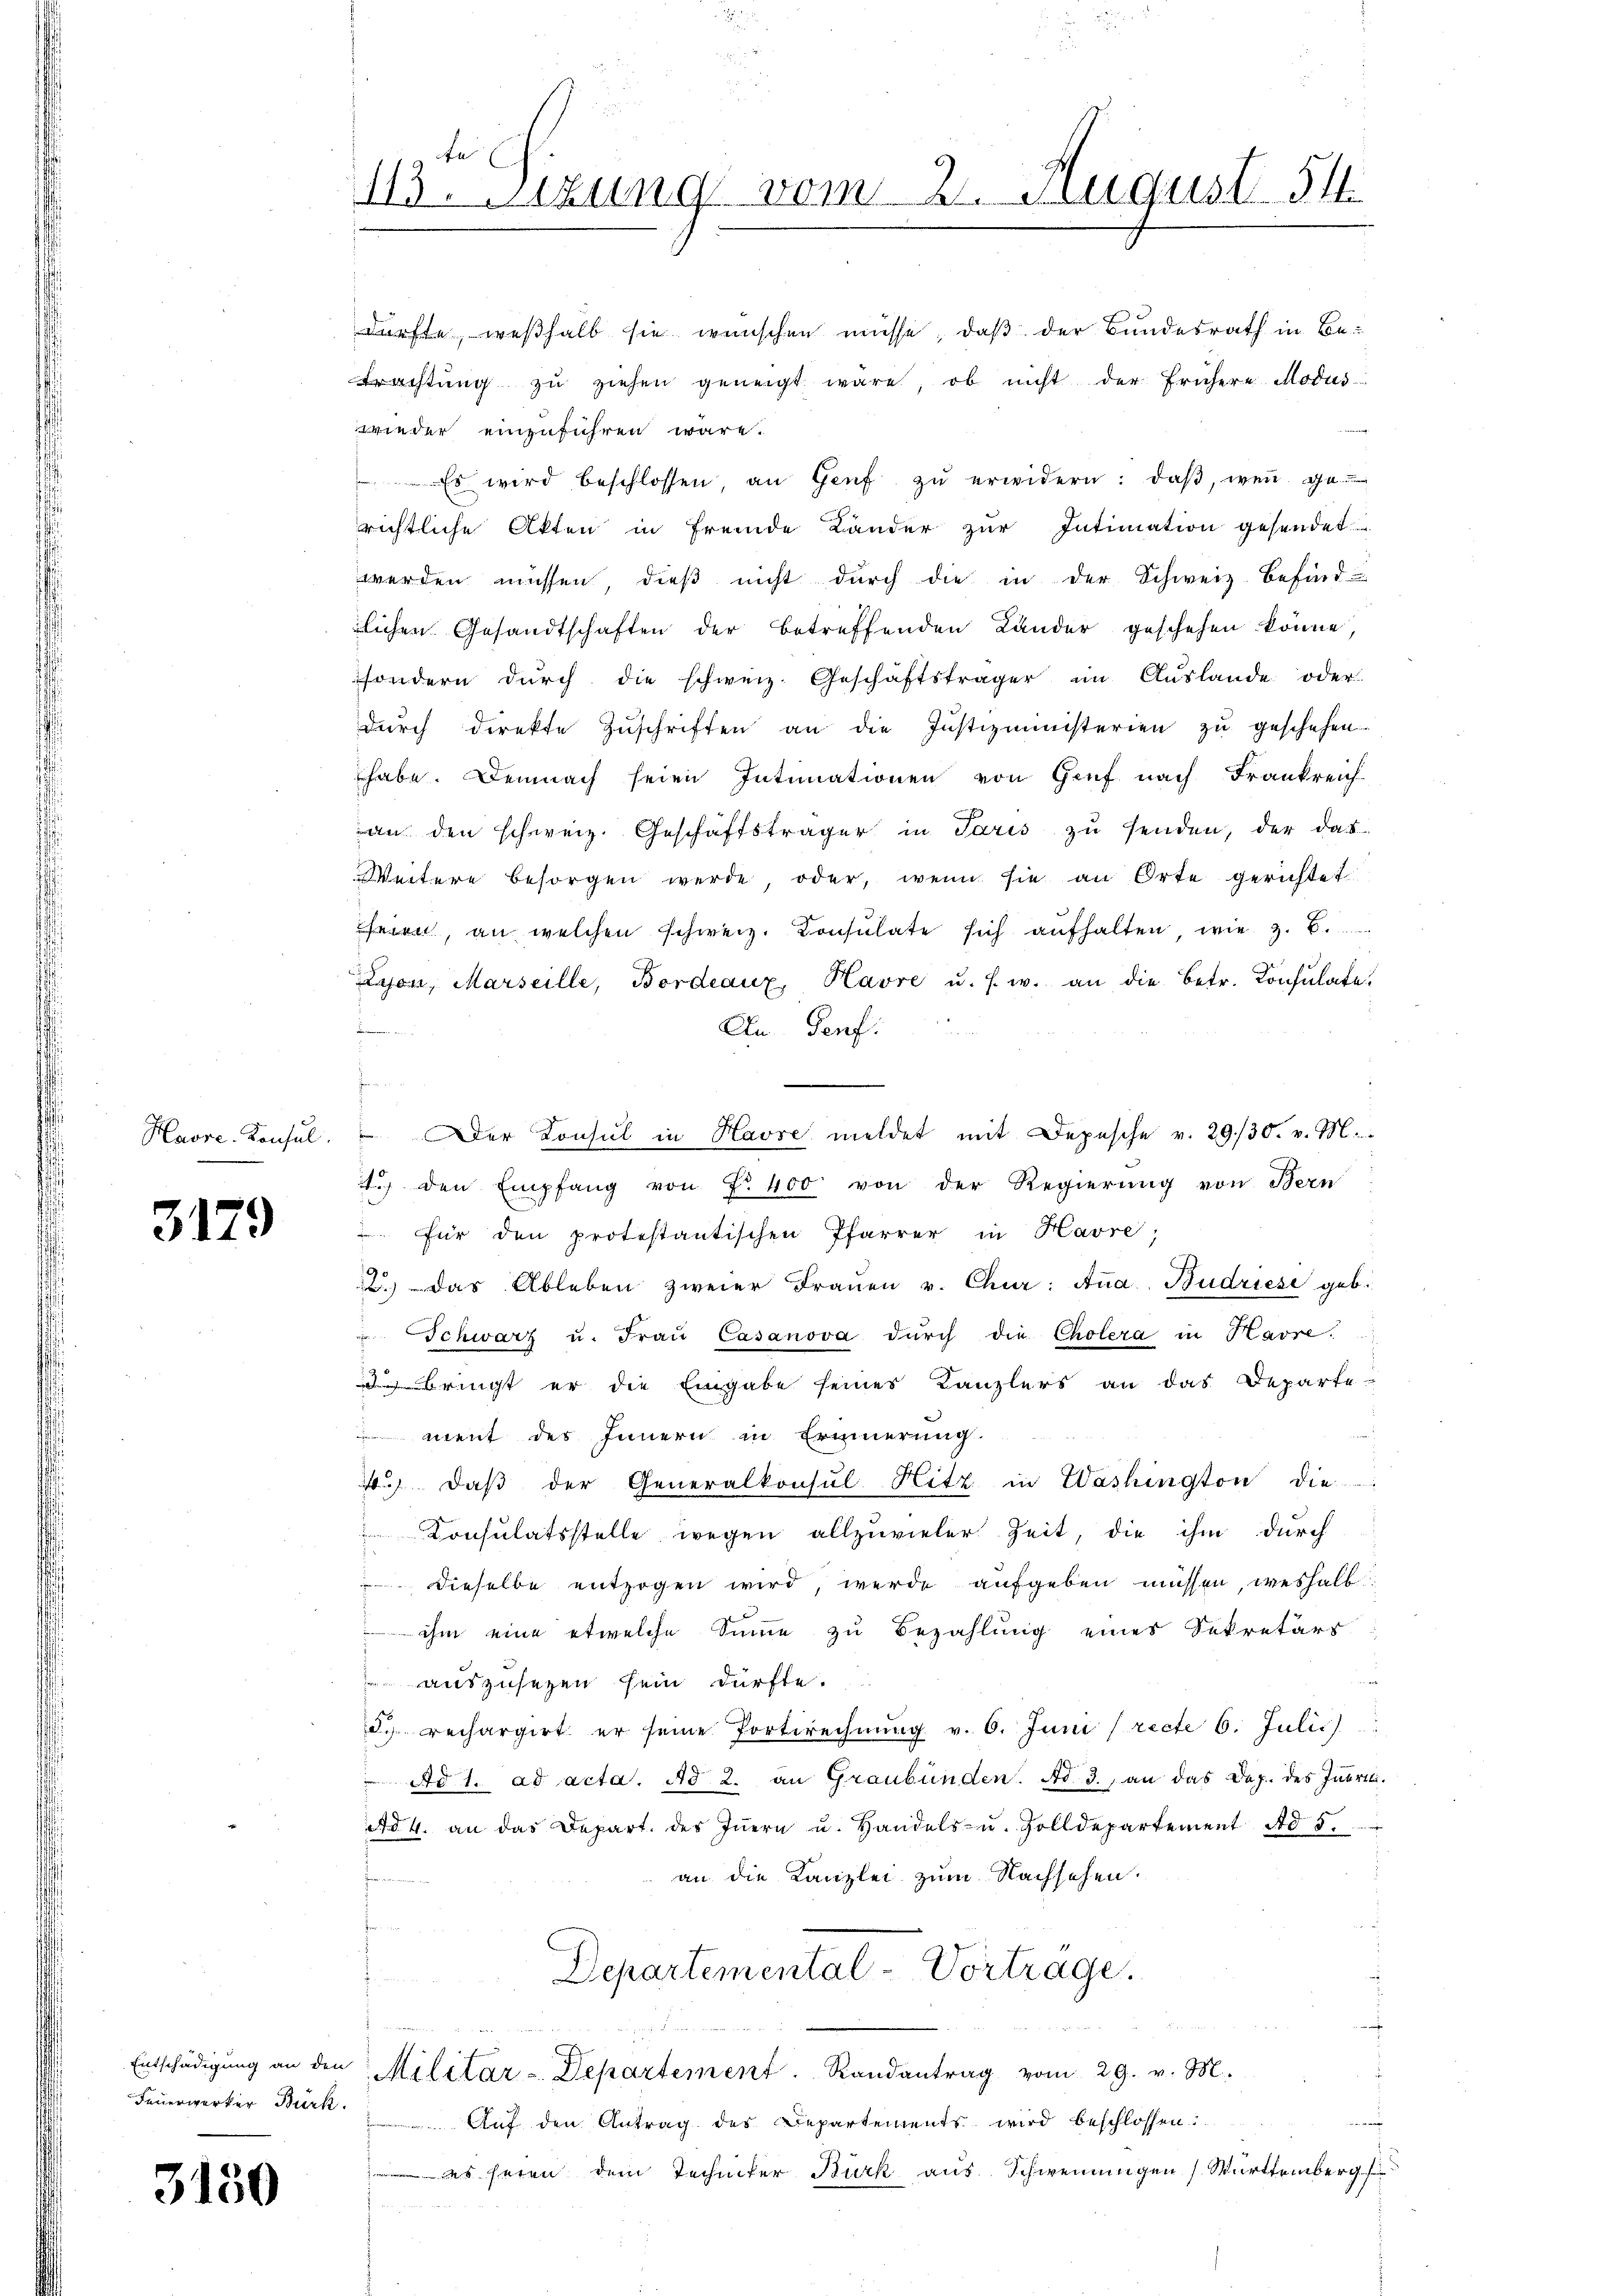
3129

Feuerwerker Bürk

3150

dürfte, weßhalb sie wünschen müsse, daß der Bundesrath in Be¬
Erachtŭng zŭ ziehen geneigt wäre, ob nicht der frühere Modus
wieder einzuführen wäre.
Es wird beschlossen, an Genf zŭ erwidern: daβ weṅ Ge
richtliche Akten in fremde Länder zur Intimation gesendet
werden müssen, dieß nicht durch die in der Schweiz. Befind
lichen Gesandtschaften der betreffenden Länder geschehen könne,
sondern durch die schweiz. Geschäftsträger im Auslande oder
dŭrch direkte Zŭschriften an die Justizministerien zu geschehen
habe. Demnach seien Intimationen von Genf nach Frankreich
an den schweiz. Geschäftsträger in Paris zŭ senden, der das
Weitere besorgen werde, oder, wenn sie an Orte gerichtet
heien, an welchen schweiz. Consulate sich aufhalten, wie z. B.
Lyon, Marseille, Bordeaux Havre u. s. w. an die betr. Konsulate.
An Genf.
a
Havre Konsul.  Der Konsul in Havre meldet mit Depesche v. 29./30. v. M.
1. den Empfang von Fr. 400 von der Regierung von Bern
 Für den protestantischen Pfarrer in Havre;
2. das Ableben zweier Fraŭen v. Chur: Aṅa Budriese geb.
 Schwarz u. Frau Casanova durch die Cholera in Havre.
bringt er die Eingabe seines Kanzlers an das Departe-
ment des Innern in Erinnerung.
4. daβ der Generalkonsul Hitz in Washington die
Consulatsstelle wegen allzuvieler Zeit, die ihm durch
 dieselbe entzogen wird, werde aufgeben müssen, weshalb
 ihm eine etwelche Sinne zu Bezahlung eines Sekretärs
u
 auszusehen sein dürfte.
d. rechargirt er seine Portirechnŭng v. 6. Juni (recte 6. Julii
Ad 1. ad acta. Ad 2. an Graubünden. Ad 3., an das Dop. des Intri
Ad 4. an das Depart. des Iṅern u. Handels- u. Zolldepartement ad 5.
an die Kanzlei zum Nachsehen.
Departemental-Vortrage.
Pie

Entschädigŭng an den Militar-Departement. Randantrag vom 29. v. M.
e
Auf den Antrag des Departements wird beschlossen:
 es seien dem Techniter Burk aus Schweinungen Württemberg
wie einen

te
113. Sizung vom 21. August 54